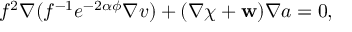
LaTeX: f ^ { 2 } \nabla ( f ^ { - 1 } e ^ { - 2 \alpha \phi } \nabla v ) + ( \nabla \chi + { \bf w } ) \nabla a = 0 ,